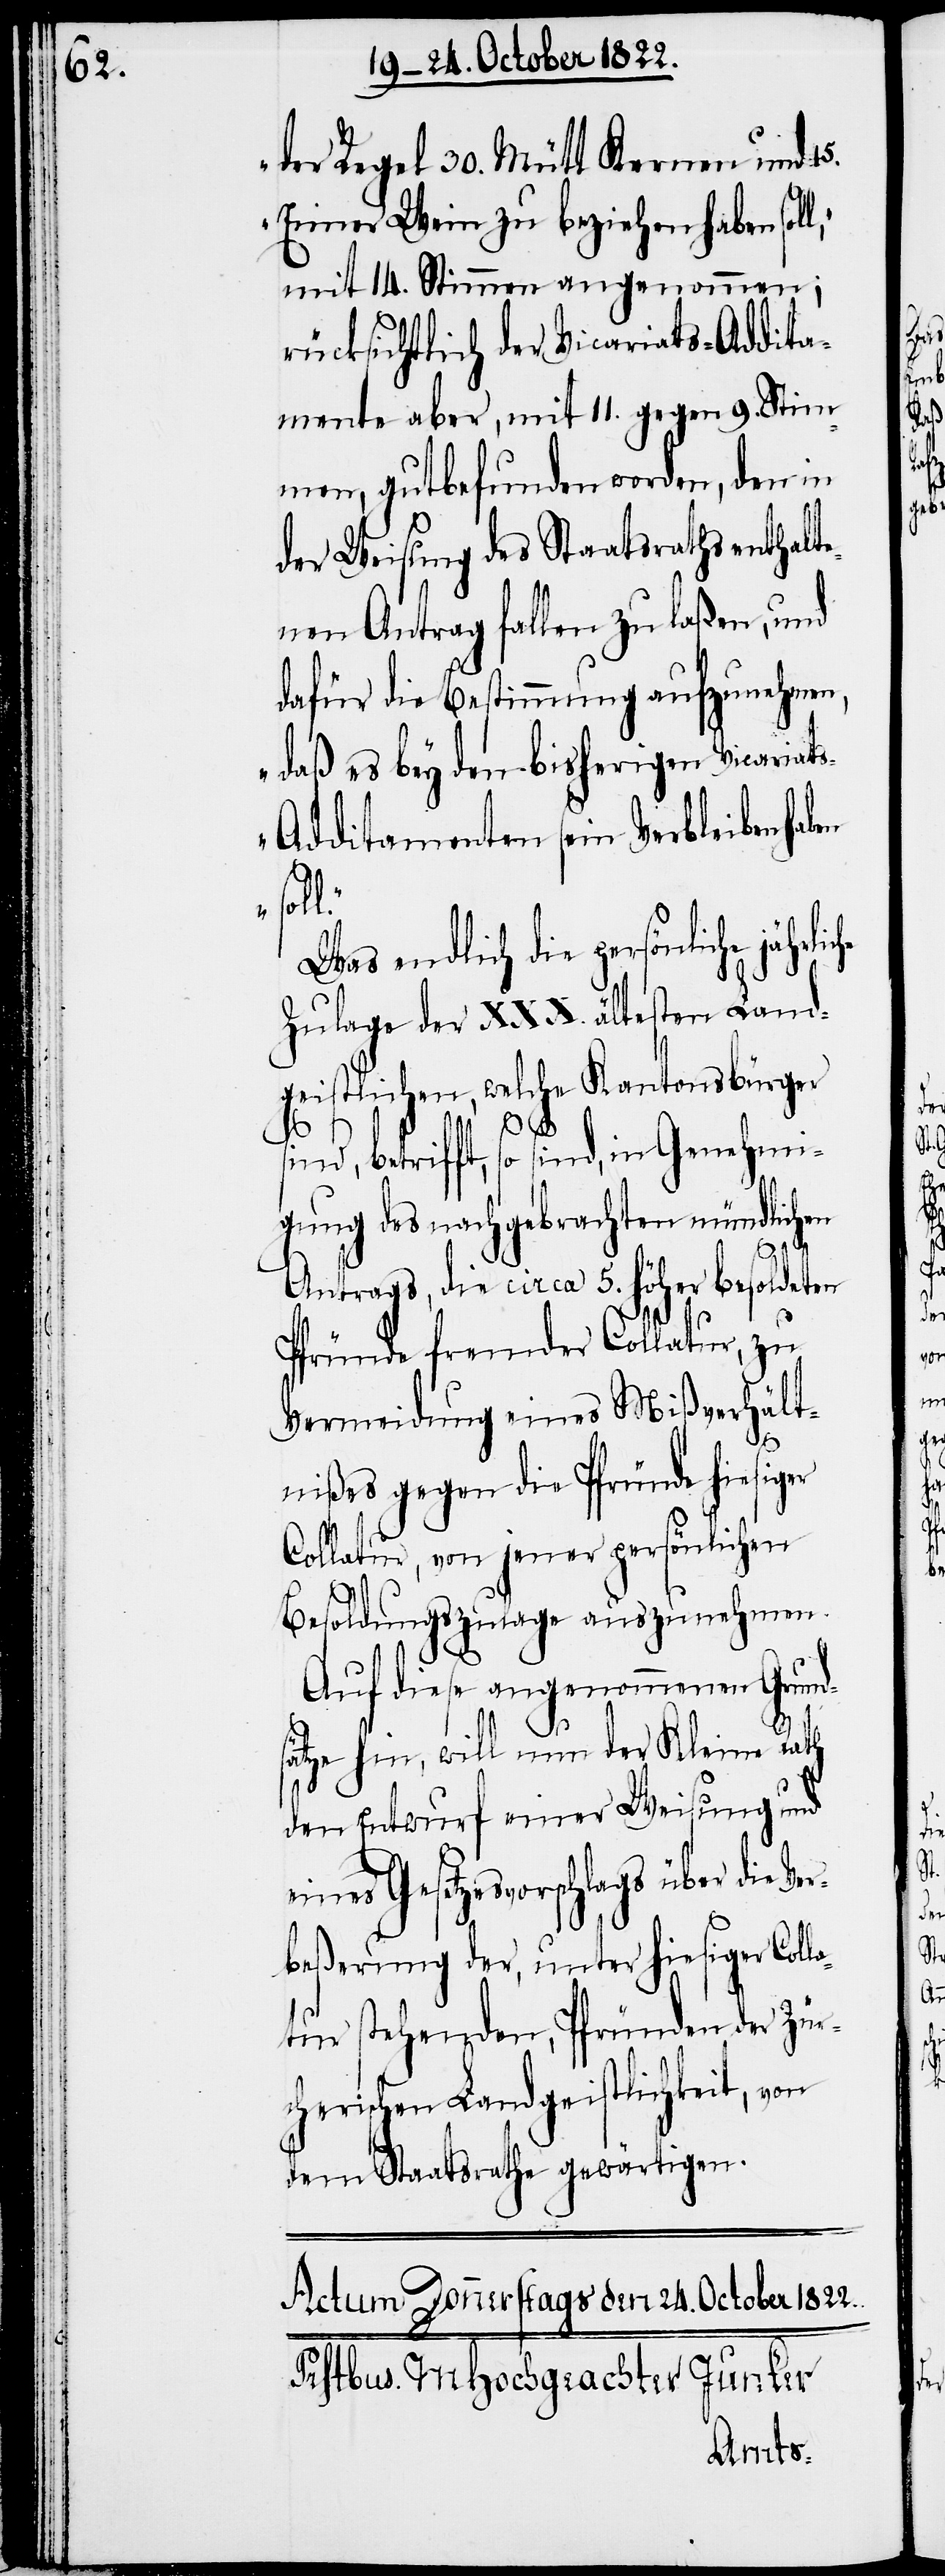
der Regel 30. Mütt Kernen und 15.
Eimer Wein zu beziehen haben sol¬
mit 14. Stimmen angenommen;
rücksichtlich der Vicariats-Addita¬
mente aber, mit 11. gegen 9. Stim¬
men, gutbefunden worden, den in
der Weisung des Staatsraths enthalte¬
nen Antrag fallen zu laßen, und
dafür die Bestimmung aufzunehmen,
„daß es bey den bisherigen Vicariat¬
s-Additamenten sein Verbleiben
Was endlich die persönliche jährl¬
Zulage der XXX. ältesten Land¬
geistlichen, welche Kantonsbürger
sind, betrifft, so sind, in Genehmi¬
gung des nachgebrachten mündlichen
la¬
Antrags, die circa 5. höher besoldeten
Pfründe fremder Collatur, zu
Vermeidung eines Mißverhält¬
ds¬
nißes gegen die Pfründe hiesiger
Collatur, von jener persönlichen
Besoldungszulage auszunehmen.
Auf diese angenommenen Grun¬
ätze hin, will nun der Kleine Rath
den Entwurf einer Weisung und
eines Gesetzesvorschlags über die Ve¬
rbeßerung der, unter hiesiger Col¬
tur stehenden, Pfründen der Zür¬
cherischen Landgeistlichkeit, von
dem Staatsrathe gewärtigen.